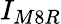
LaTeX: I_{M8R}